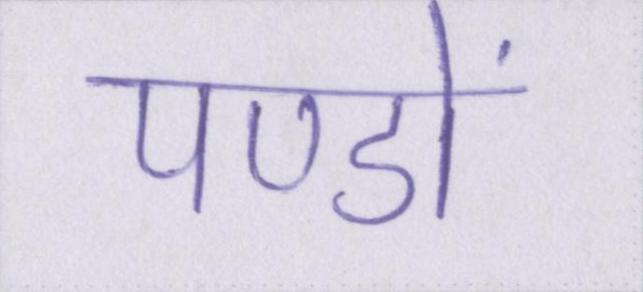
पण्डों